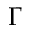
\Gamma